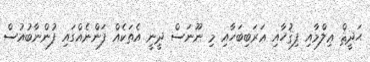
ޙަދީޘް ޢިލްމާއި ފިޤުހާއި ޢަރަބިބަހާއި މި ނޫނަސް ދީނީ އެތަކެއް ފަންނެއްގައި ފުންނާބުއުސް